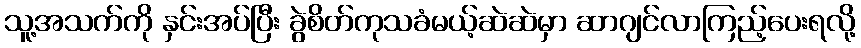
သူ့အသက်ကို နှင်းအပ်ပြီး ခွဲစိတ်ကုသခံမယ့်ဆဲဆဲမှာ ဆာဂျင်လာကြည့်ပေးရလို့